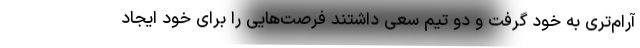
آرام‌تری به خود گرفت و دو تیم سعی داشتند فرصت‌هایی را برای خود ایجاد